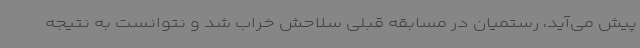
پیش می‌آید، رستمیان در مسابقه قبلی سلاحش خراب شد و نتوانست به نتیجه